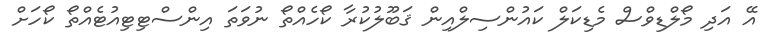
އޭ އަދި މޯލްޑިވްސް މެޑިކަލް ކައުންސިލްއިން ޤަބޫލުކުރާ ކޯހެއްތޯ ނުވަތަ އިންސްޓިޓިއުޓެއްތޯ ކޯހަށް